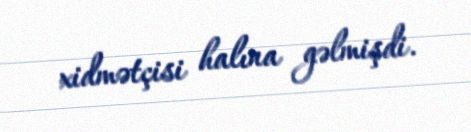
xidmətçisi halına gəlmişdi.